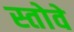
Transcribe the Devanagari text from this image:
स्तोवे